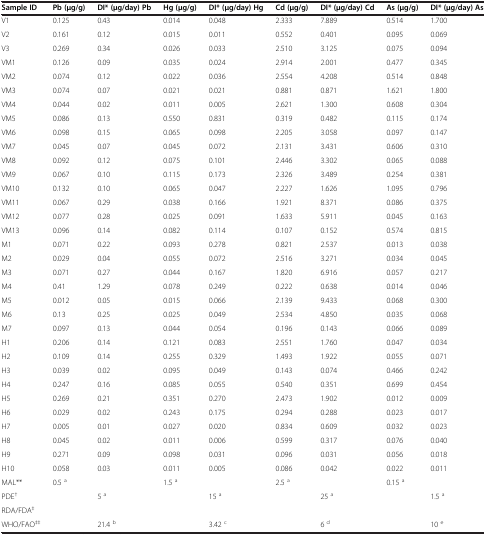
<table><thead><tr><td><b>Sample ID</b></td><td><b>Pb (μg/g)</b></td><td><b>DI* (μg/day) Pb</b></td><td><b>Hg (μg/g)</b></td><td><b>DI* (μg/day) Hg</b></td><td><b>Cd (μg/g)</b></td><td><b>DI* (μg/day) Cd</b></td><td><b>As (μg/g)</b></td><td><b>DI* (μg/day) As</b></td></tr></thead><tbody><tr><td>V1</td><td>0.125</td><td>0.43</td><td>0.014</td><td>0.048</td><td>2.333</td><td>7.889</td><td>0.514</td><td>1.700</td></tr><tr><td>V2</td><td>0.161</td><td>0.12</td><td>0.015</td><td>0.011</td><td>0.552</td><td>0.401</td><td>0.095</td><td>0.069</td></tr><tr><td>V3</td><td>0.269</td><td>0.34</td><td>0.026</td><td>0.033</td><td>2.510</td><td>3.125</td><td>0.075</td><td>0.094</td></tr><tr><td>VM1</td><td>0.126</td><td>0.09</td><td>0.035</td><td>0.024</td><td>2.914</td><td>2.001</td><td>0.477</td><td>0.345</td></tr><tr><td>VM2</td><td>0.074</td><td>0.12</td><td>0.022</td><td>0.036</td><td>2.554</td><td>4.208</td><td>0.514</td><td>0.848</td></tr><tr><td>VM3</td><td>0.074</td><td>0.07</td><td>0.021</td><td>0.021</td><td>0.881</td><td>0.871</td><td>1.621</td><td>1.800</td></tr><tr><td>VM4</td><td>0.044</td><td>0.02</td><td>0.011</td><td>0.005</td><td>2.621</td><td>1.300</td><td>0.608</td><td>0.304</td></tr><tr><td>VM5</td><td>0.086</td><td>0.13</td><td>0.550</td><td>0.831</td><td>0.319</td><td>0.482</td><td>0.115</td><td>0.174</td></tr><tr><td>VM6</td><td>0.098</td><td>0.15</td><td>0.065</td><td>0.098</td><td>2.205</td><td>3.058</td><td>0.097</td><td>0.147</td></tr><tr><td>VM7</td><td>0.045</td><td>0.07</td><td>0.045</td><td>0.072</td><td>2.131</td><td>3.431</td><td>0.606</td><td>0.310</td></tr><tr><td>VM8</td><td>0.092</td><td>0.12</td><td>0.075</td><td>0.101</td><td>2.446</td><td>3.302</td><td>0.065</td><td>0.088</td></tr><tr><td>VM9</td><td>0.067</td><td>0.10</td><td>0.115</td><td>0.173</td><td>2.326</td><td>3.489</td><td>0.254</td><td>0.381</td></tr><tr><td>VM10</td><td>0.132</td><td>0.10</td><td>0.065</td><td>0.047</td><td>2.227</td><td>1.626</td><td>1.095</td><td>0.796</td></tr><tr><td>VM11</td><td>0.067</td><td>0.29</td><td>0.038</td><td>0.166</td><td>1.921</td><td>8.371</td><td>0.086</td><td>0.375</td></tr><tr><td>VM12</td><td>0.077</td><td>0.28</td><td>0.025</td><td>0.091</td><td>1.633</td><td>5.911</td><td>0.045</td><td>0.163</td></tr><tr><td>VM13</td><td>0.096</td><td>0.14</td><td>0.082</td><td>0.114</td><td>0.107</td><td>0.152</td><td>0.574</td><td>0.815</td></tr><tr><td>M1</td><td>0.071</td><td>0.22</td><td>0.093</td><td>0.278</td><td>0.821</td><td>2.537</td><td>0.013</td><td>0.038</td></tr><tr><td>M2</td><td>0.029</td><td>0.04</td><td>0.055</td><td>0.072</td><td>2.516</td><td>3.271</td><td>0.034</td><td>0.045</td></tr><tr><td>M3</td><td>0.071</td><td>0.27</td><td>0.044</td><td>0.167</td><td>1.820</td><td>6.916</td><td>0.057</td><td>0.217</td></tr><tr><td>M4</td><td>0.41</td><td>1.29</td><td>0.078</td><td>0.249</td><td>0.222</td><td>0.638</td><td>0.014</td><td>0.046</td></tr><tr><td>M5</td><td>0.012</td><td>0.05</td><td>0.015</td><td>0.066</td><td>2.139</td><td>9.433</td><td>0.068</td><td>0.300</td></tr><tr><td>M6</td><td>0.13</td><td>0.25</td><td>0.025</td><td>0.049</td><td>2.534</td><td>4.850</td><td>0.035</td><td>0.068</td></tr><tr><td>M7</td><td>0.097</td><td>0.13</td><td>0.044</td><td>0.054</td><td>0.196</td><td>0.143</td><td>0.066</td><td>0.089</td></tr><tr><td>H1</td><td>0.206</td><td>0.14</td><td>0.121</td><td>0.083</td><td>2.551</td><td>1.760</td><td>0.047</td><td>0.034</td></tr><tr><td>H2</td><td>0.109</td><td>0.14</td><td>0.255</td><td>0.329</td><td>1.493</td><td>1.922</td><td>0.055</td><td>0.071</td></tr><tr><td>H3</td><td>0.039</td><td>0.02</td><td>0.095</td><td>0.049</td><td>0.143</td><td>0.074</td><td>0.466</td><td>0.242</td></tr><tr><td>H4</td><td>0.247</td><td>0.16</td><td>0.085</td><td>0.055</td><td>0.540</td><td>0.351</td><td>0.699</td><td>0.454</td></tr><tr><td>H5</td><td>0.269</td><td>0.21</td><td>0.351</td><td>0.270</td><td>2.473</td><td>1.902</td><td>0.012</td><td>0.009</td></tr><tr><td>H6</td><td>0.029</td><td>0.02</td><td>0.243</td><td>0.175</td><td>0.294</td><td>0.288</td><td>0.023</td><td>0.017</td></tr><tr><td>H7</td><td>0.005</td><td>0.01</td><td>0.027</td><td>0.020</td><td>0.834</td><td>0.609</td><td>0.032</td><td>0.023</td></tr><tr><td>H8</td><td>0.045</td><td>0.02</td><td>0.011</td><td>0.006</td><td>0.599</td><td>0.317</td><td>0.076</td><td>0.040</td></tr><tr><td>H9</td><td>0.271</td><td>0.09</td><td>0.098</td><td>0.031</td><td>0.096</td><td>0.031</td><td>0.056</td><td>0.018</td></tr><tr><td>H10</td><td>0.058</td><td>0.03</td><td>0.011</td><td>0.005</td><td>0.086</td><td>0.042</td><td>0.022</td><td>0.011</td></tr><tr><td>MAL**</td><td>0.5 <sup>a</sup></td><td> </td><td>1.5 <sup>a</sup></td><td> </td><td>2.5 <sup>a</sup></td><td> </td><td>0.15 <sup>a</sup></td><td> </td></tr><tr><td>PDE<sup>†</sup></td><td> </td><td>5 <sup>a</sup></td><td> </td><td>15 <sup>a</sup></td><td> </td><td>25 <sup>a</sup></td><td> </td><td>1.5 <sup>a</sup></td></tr><tr><td>RDA/FDA<sup>‡</sup></td><td> </td><td> </td><td> </td><td> </td><td> </td><td> </td><td> </td><td> </td></tr><tr><td>WHO/FAO<sup>‡‡</sup></td><td> </td><td>21.4 <sup>b</sup></td><td> </td><td>3.42 <sup>c</sup></td><td> </td><td>6 <sup>d</sup></td><td> </td><td>10 <sup>e</sup></td></tr></tbody></table>